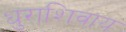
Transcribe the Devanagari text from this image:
धुराशिवाय